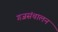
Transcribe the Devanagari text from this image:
गजसंचालन